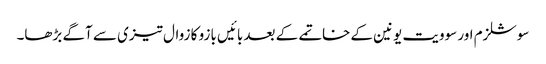
سوشلزم اور سوویت یونین کے خاتمے کے بعد بائیں بازو کا زوال تیزی سے آگے بڑھا۔